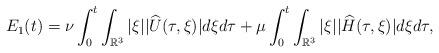
LaTeX: \begin{align*}E_1(t)=\nu\int_0^t \int_{\mathbb{R}^3}|\xi||\widehat{U}(\tau,\xi)|d\xi d\tau +\mu \int_0^t \int_{\mathbb{R}^3}|\xi||\widehat{H}(\tau,\xi)|d\xi d\tau,\end{align*}